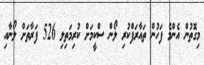
މިގޮތުން އެންމެ ފަހުން ތައާރަފްކުރި ލޯން ސްކީމަށް ކުރިމަތިލި 526 ފަރާތަށް ލޯނާއި